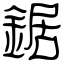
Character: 鋸